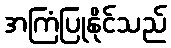
အကြံပြုနိုင်သည်